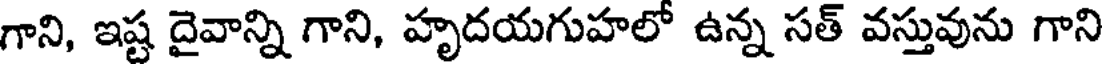
గాని, ఇష్ట దైవాన్ని గాని, హృదయగుహలో ఉన్న సత్ వస్తువును గాని